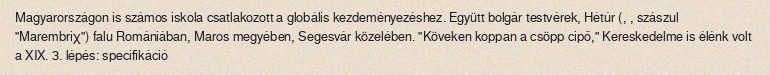
Magyarországon is számos iskola csatlakozott a globális kezdeményezéshez. Együtt bolgár testvérek, Hétúr (, , szászul "Marembriχ") falu Romániában, Maros megyében, Segesvár közelében. "Köveken koppan a csöpp cipő," Kereskedelme is élénk volt a XIX. 3. lépés: specifikáció